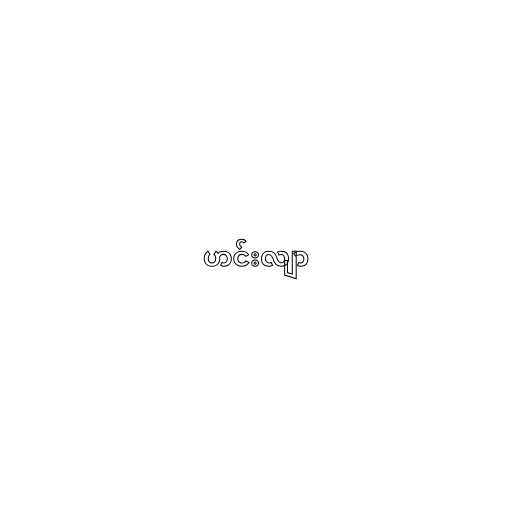
ဟင်းလျာ